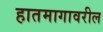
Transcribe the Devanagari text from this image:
हातमागावरील